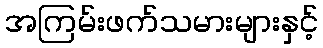
အကြမ်းဖက်သမားများနှင့်